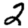
Digit: 2